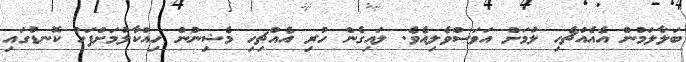
ބަލާލަމުން އެއެއްޗެހި ލުމަށް އަވަސްވެލިއެވެ. ލައިގެން ހުރި އެއްޗިހި މެޝިނުން ހިއްކާލުމަށްފަހު ކޮނޑުގައި